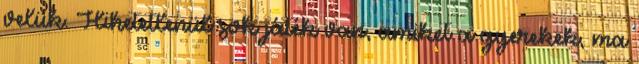
velük. Hihetetlenül sok játék van, amiket a gyerekek, ma